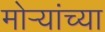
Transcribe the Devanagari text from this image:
मोर्‍यांच्या